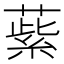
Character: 䔝